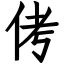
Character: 侤